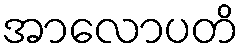
အာလောပတိ